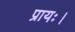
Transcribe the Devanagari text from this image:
प्रायः।